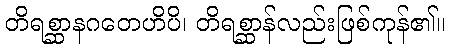
တိရစ္ဆာနဂတေဟိပိ၊ တိရစ္ဆာန်လည်းဖြစ်ကုန်၏။